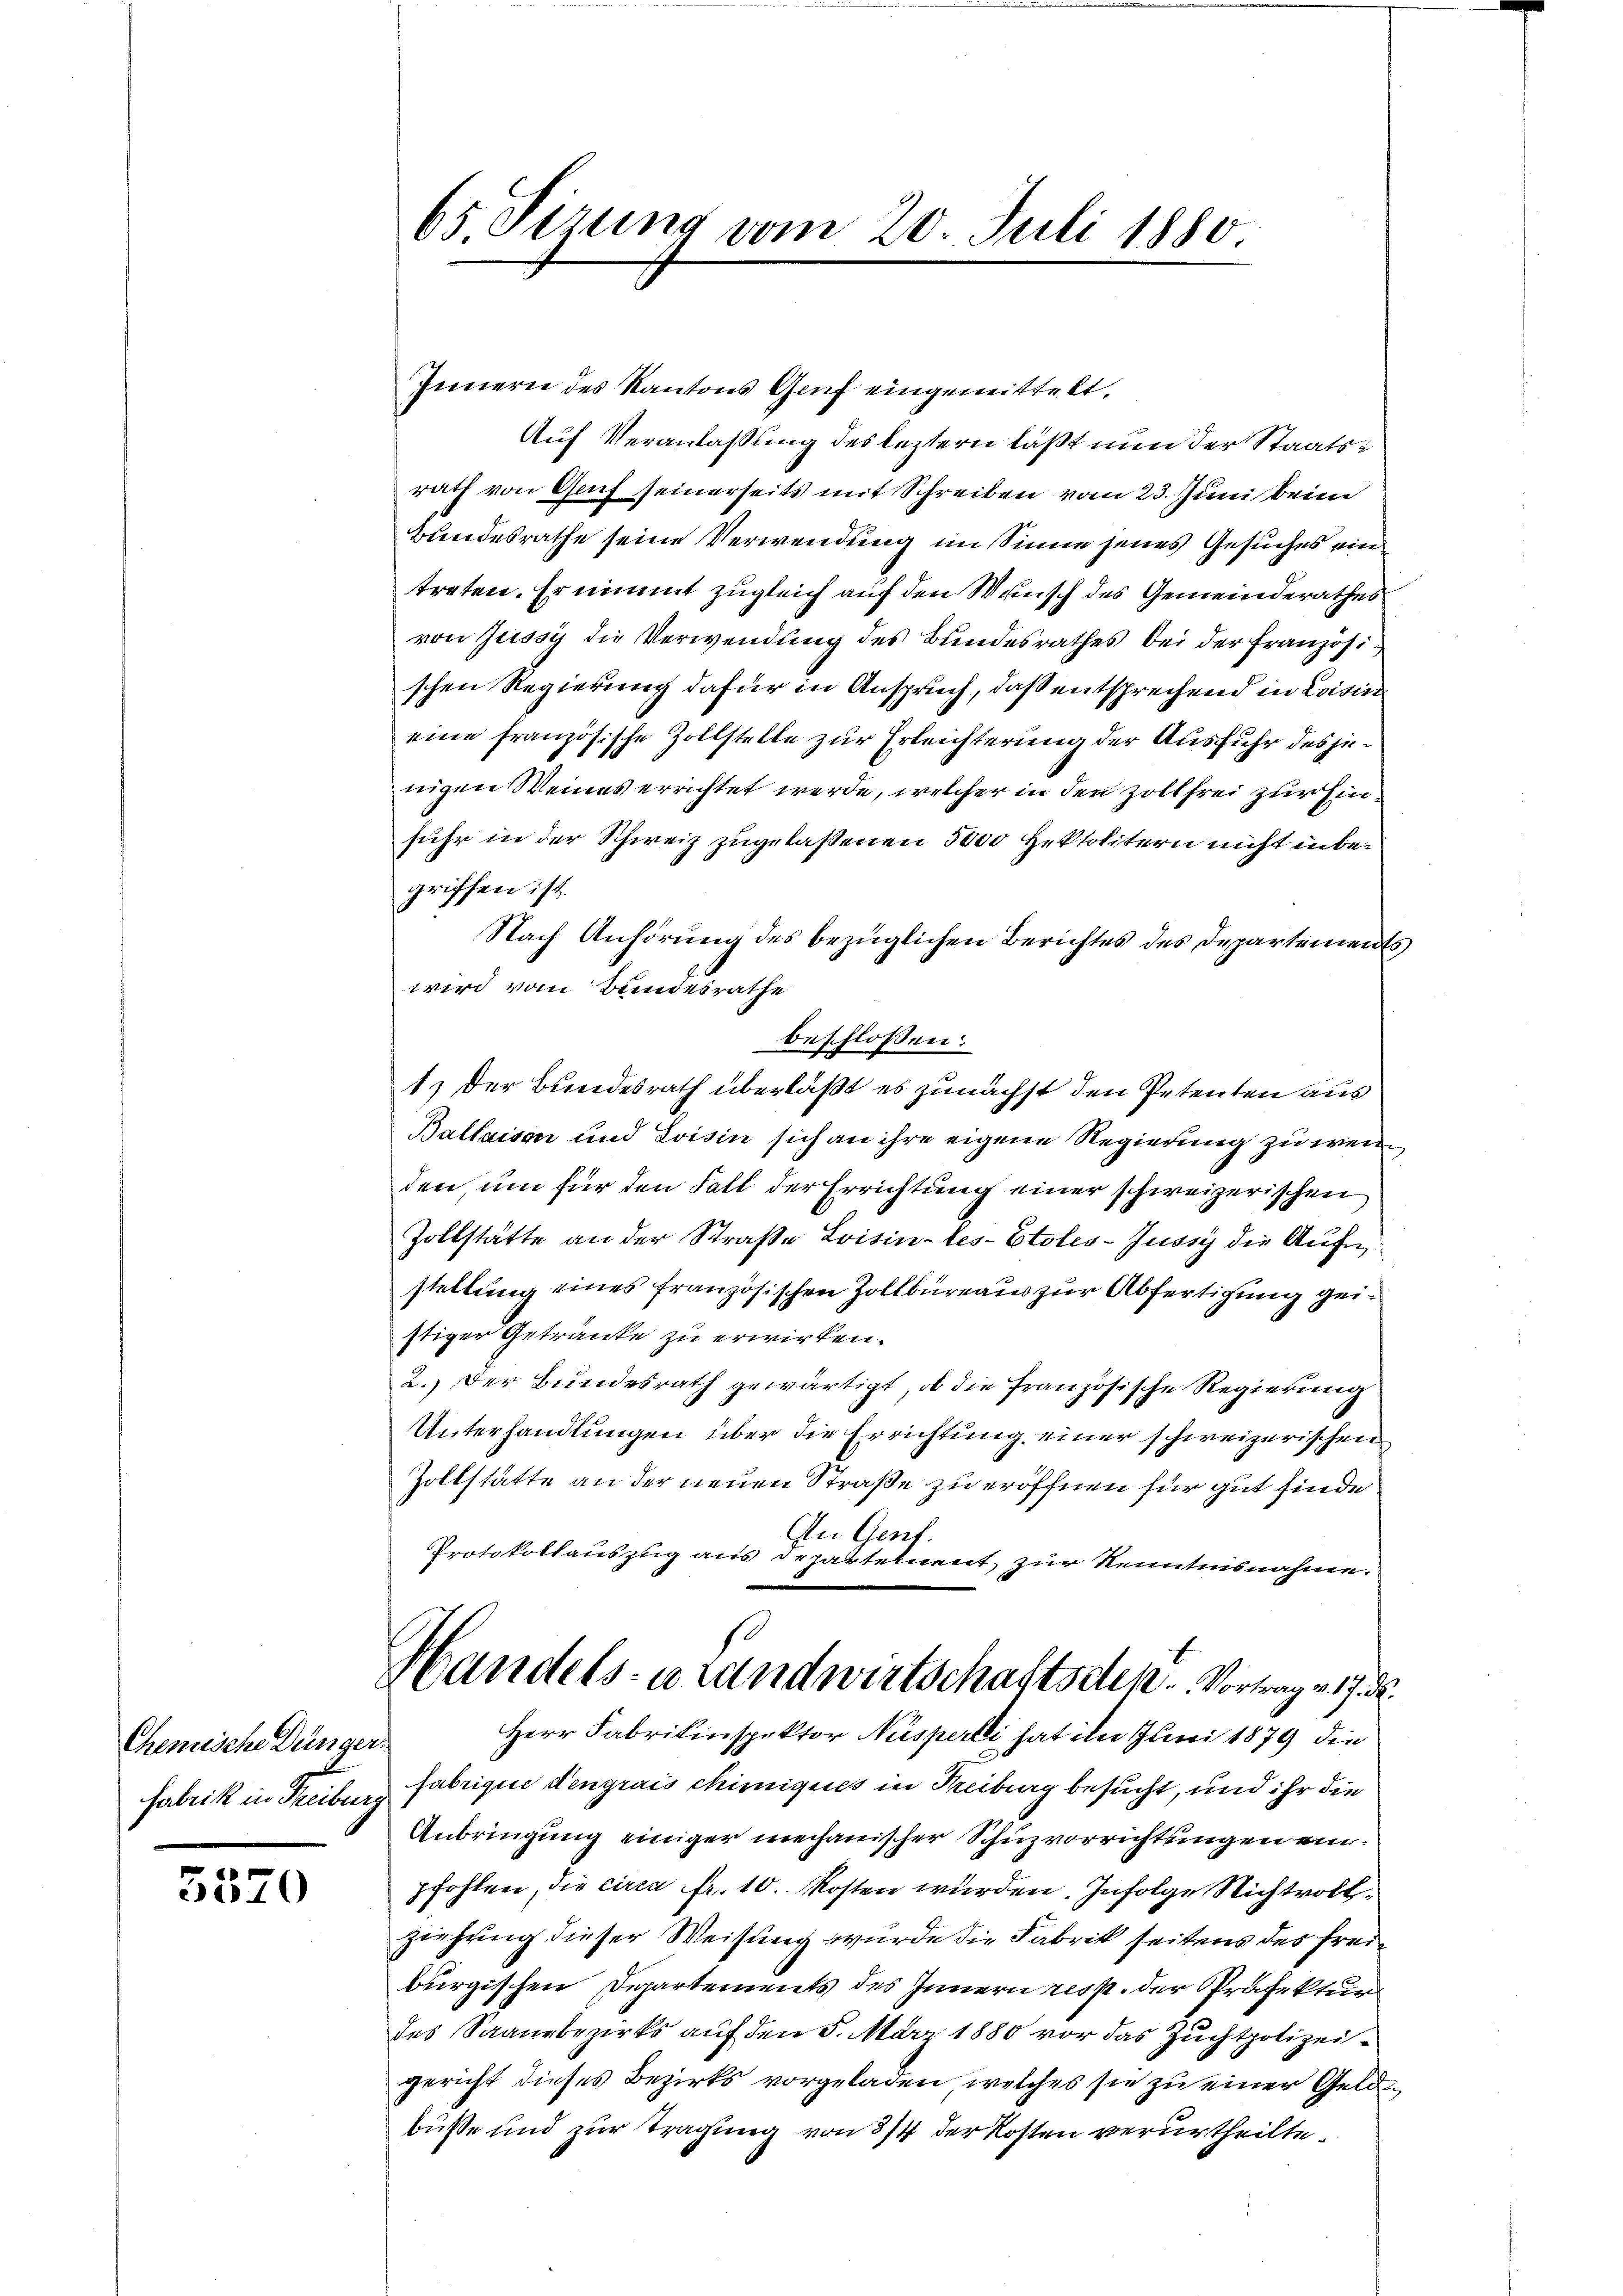
Chemische Dünger
Fabrik in Treiburg

5520

65 Firung vom 20. Juli 1880

Innern des Kantons Genf eingemittelt.
Auf Veranlassung des leztern läßt nun der Staatsrath von Genf seinerseits mit Schreiben vom 23. Juni beim
Bundesrathe seine Verwendung im Sinne jenes Gesuches ein
treten. Er nimmt zugleich auf den Wunsch des Gemeinderathes
von Zussy die Verwendung des Bundesrathes bei der Französischen Regierung dafür in Anspruch, daß entsprechend in Loisin
eine französische Zollstelle zur Erleichterung der Ausfuhr des jenigen Weines errichtet werde, welcher in den Zoll frei zur Ein
fuhr in der Schweiz zugelassenen 3000 Hektolitern nicht inbegriffen ist.
Nach Anhörung des bezüglichen Berichtes des Departement
wird vom Bundesrathe
beschlossen:
1) der Bundesrath überläßt es zunächst den Petenten aus
Ballaisen und Loisin sich an ihre eigene Regierung zu weiden, um für den Fall der Errichtung einer schweizerischen
Zollstätte an der Straße Loisin-les-Etoles-Jussy die Aufn
stellung eines französischen Zollbüreaus zur Abfertigung geistiger Getränke zu erwirken.
2.) Der Bundesrath gewärtigt, ob die Französische Regierung
Unterhandlungen über die Errichtung einer schweizerischen
Zollstätte an der neuen Straße zu eröffnen für gut finde
An Genf.
Protokollauszug aus Departetent zur Kenntnisnahme.
Handels- u Landwirtschaftsden. Vortrag v. 17. d.
Herr Fabrikinspektor Nusperli hat im Juni 1879 die
fabrique den grais chimiques in Freiburg besucht, und ihr die
Anbringung einiger mechanischer Schuzvorrichtungen einpfohlen, die circa Fr. 10. Kosten würden. Infolge Nichtvollzeihung dieser Weisung wurde die Fabrik seitens des Freiburgischen Departements des Innern resp. der Präfektur
des Saanebezirks auf den 5. März 1880 vor das Zuchtpolizeigericht dieses Bezirks vorgeladen, welches sie zu einer Geldbüsse und zur Tragung von 3/4 der Kosten verurtheilte